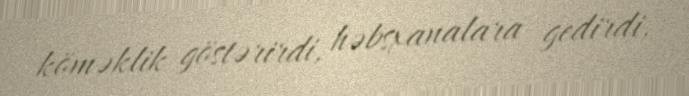
köməklik göstərirdi, həbsxanalara gedirdi.